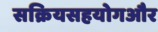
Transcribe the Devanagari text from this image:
सक्रियसहयोगऔर